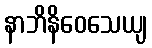
နာဘိနိဝေသေယျ